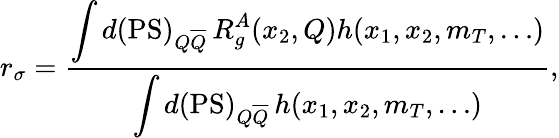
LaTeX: r_{\sigma}=\frac{\displaystyle\int d(\mathrm{PS})_{Q\overline{{Q}}}\, R_{g}^{A}(x_{2},Q)h(x_{1},x_{2},m_{T},\ldots)}{\displaystyle\int d(\mathrm{PS})_{Q\overline{{Q}}}\, h(x_{1},x_{2},m_{T},\ldots)},